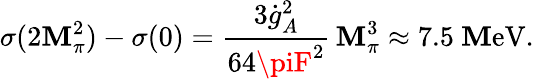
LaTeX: \sigma(2\mathbf{M}_{\pi}^{2})-\sigma(0)={\frac{{3\dot{{g}}_{A}^{2}}}{{64\piF^{2}}}}\, \mathbf{M}_{\pi}^{3}\approx7.5\ \mathrm{{\mathbf{M}eV}}.